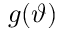
g ( \vartheta )